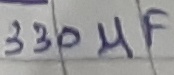
Text: 330µF